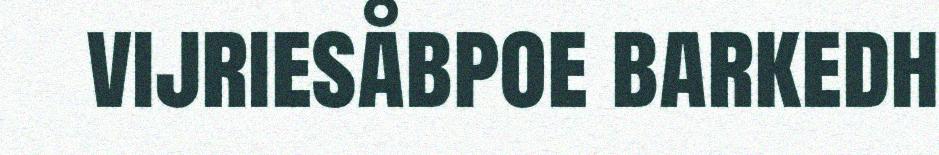
vijriesåbpoe barkedh